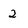
Character: 2